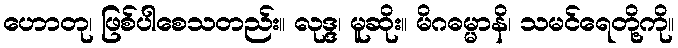
ဟောတု၊ ဖြစ်ပါစေသတည်း။ လုဒ္ဒ၊ မူဆိုး။ မိဂဓမ္မာနိ၊ သမင်ရေတို့ကို။